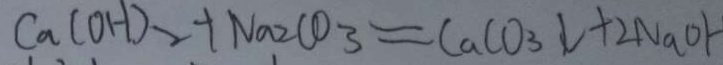
C a ( O H ) _ { 2 } + N a _ { 2 } C O _ { 3 } = C a C O _ { 3 } \downarrow + 2 N a O H